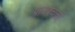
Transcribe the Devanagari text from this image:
प्रायश्चत्तों